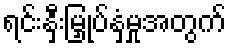
ရင်းနှီးမြှုပ်နှံမှုအတွက်